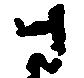
さ